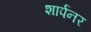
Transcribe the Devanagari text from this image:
शार्पनर